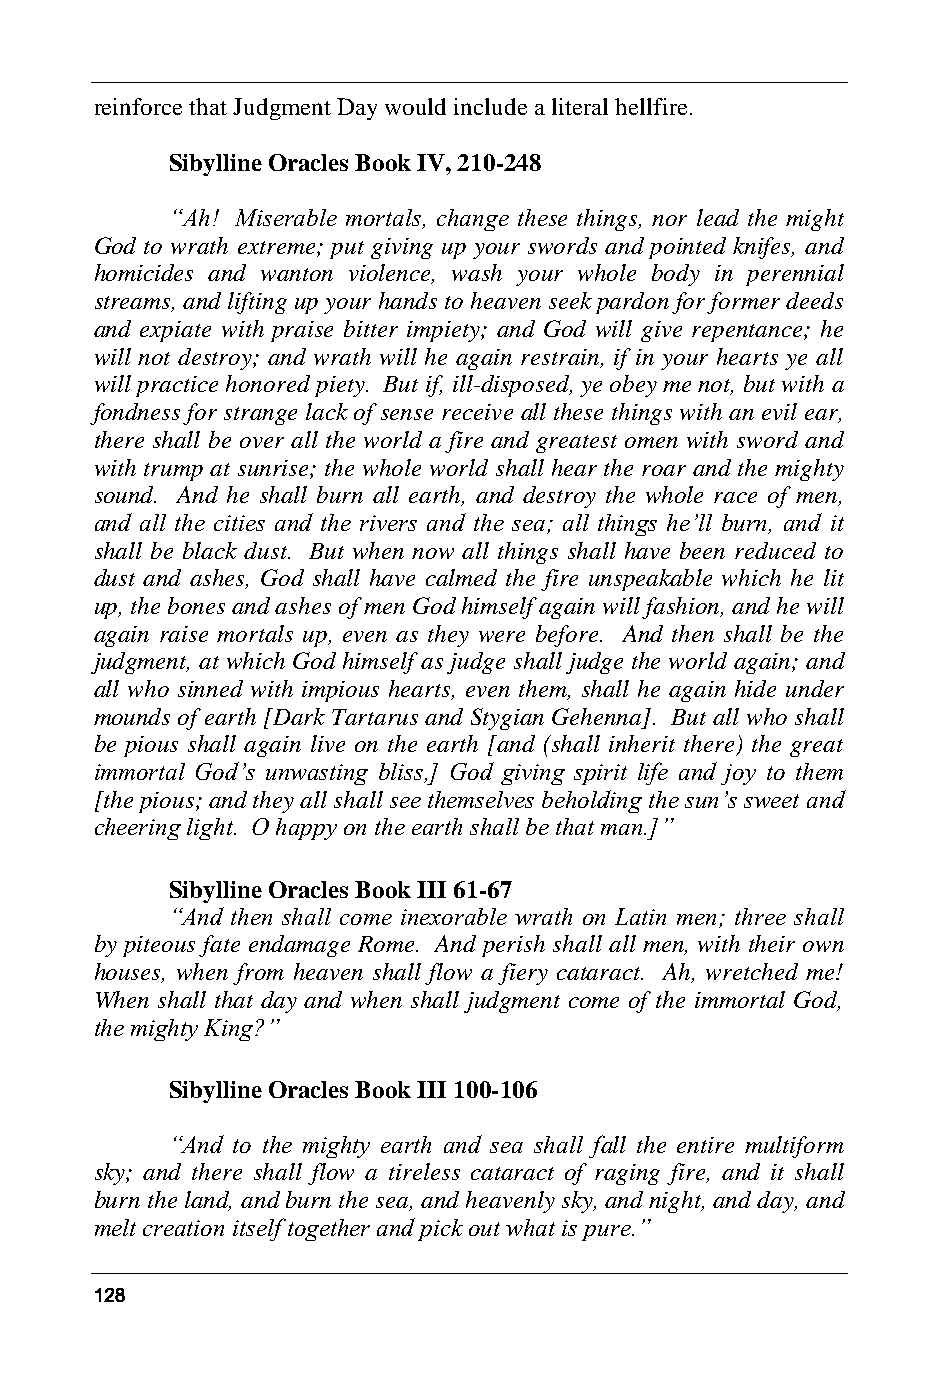
reinforce that Judgment Day would include a literal hellfire.
 Sibylline Oracles Book IV, 210-248
 “Ah! Miserable mortals, change these things, nor lead the might
 God to wrath extreme; put giving up your swords and pointed knifes, and
 homicides and wanton violence, wash your whole body in perennial
 streams, and lifting up your hands to heaven seek pardon for former deeds
 and expiate with praise bitter impiety; and God will give repentance; he
 will not destroy; and wrath will he again restrain, if in your hearts ye all
 will practice honored piety. But if, ill-disposed, ye obey me not, but with a
 fondness for strange lack of sense receive all these things with an evil ear,
 there shall be over all the world a fire and greatest omen with sword and
 with trump at sunrise; the whole world shall hear the roar and the mighty
 sound. And he shall burn all earth, and destroy the whole race of men,
 and all the cities and the rivers and the sea; all things he’ll burn, and it
 shall be black dust. But when now all things shall have been reduced to
 dust and ashes, God shall have calmed the fire unspeakable which he lit
 up, the bones and ashes of men God himself again will fashion, and he will
 again raise mortals up, even as they were before. And then shall be the
 judgment, at which God himself as judge shall judge the world again; and
 all who sinned with impious hearts, even them, shall he again hide under
 mounds of earth [Dark Tartarus and Stygian Gehenna]. But all who shall
 be pious shall again live on the earth [and (shall inherit there) the great
 immortal God’s unwasting bliss,] God giving spirit life and joy to them
 [the pious; and they all shall see themselves beholding the sun’s sweet and
 cheering light. O happy on the earth shall be that man.]”
 Sibylline Oracles Book III 61-67
 “And then shall come inexorable wrath on Latin men; three shall
 by piteous fate endamage Rome. And perish shall all men, with their own
 houses, when from heaven shall flow a fiery cataract. Ah, wretched me!
 When shall that day and when shall judgment come of the immortal God,
 the mighty King?”
 Sibylline Oracles Book III 100-106
 “And to the mighty earth and sea shall fall the entire multiform
 sky; and there shall flow a tireless cataract of raging fire, and it shall
 burn the land, and burn the sea, and heavenly sky, and night, and day, and
 melt creation itself together and pick out what is pure.”
 128